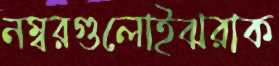
নম্বরগুলোইঝরাক